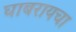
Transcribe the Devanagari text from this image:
घाबरायचा